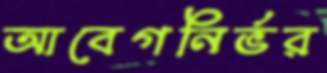
আবেগনির্ভর